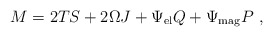
\begin{align*}M = 2 TS + 2 \Omega J + \Psi_{\rm el} Q + \Psi_{\rm mag} P\ , \end{align*}